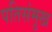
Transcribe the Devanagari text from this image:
पतिसंमुख